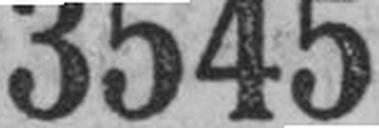
3545